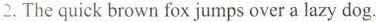
2. The quick brown fox jumps over a lazy dog.